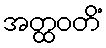
အတ္ထဝတိံ